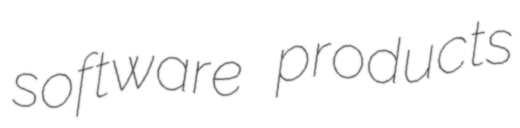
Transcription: software products